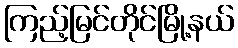
ကြည့်မြင်တိုင်မြို့နယ်